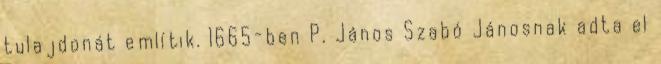
tulajdonát említik. 1665-ben P. János Szabó Jánosnak adta el